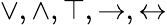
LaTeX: \vee,\wedge,\top,\rightarrow,\leftrightarrow